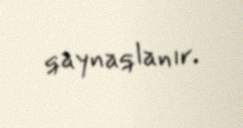
qaynaqlanır.